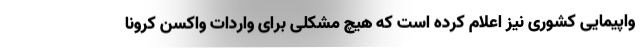
واپیمایی کشوری نیز اعلام کرده است که هیچ مشکلی برای واردات واکسن کرونا